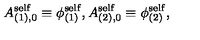
A _ { ( 1 ) , 0 } ^ { \mathrm { s e l f } } \equiv { \phi } _ { ( 1 ) } ^ { \mathrm { s e l f } } , A _ { ( 2 ) , 0 } ^ { \mathrm { s e l f } } \equiv { \phi } _ { ( 2 ) } ^ { \mathrm { s e l f } } ,